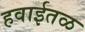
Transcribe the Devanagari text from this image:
हवाईतळ